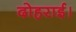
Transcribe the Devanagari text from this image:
दोहराई।